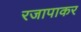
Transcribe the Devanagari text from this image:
रजापाकर